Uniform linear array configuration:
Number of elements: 16
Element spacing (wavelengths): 1
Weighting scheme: binomial
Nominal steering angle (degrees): -15
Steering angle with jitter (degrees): -14.401
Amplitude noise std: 0.05
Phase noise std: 0.05

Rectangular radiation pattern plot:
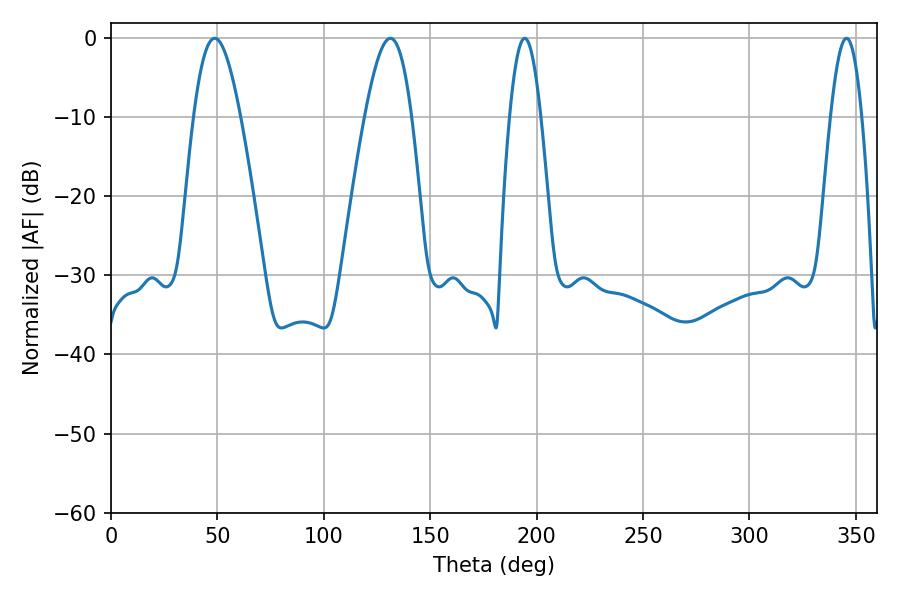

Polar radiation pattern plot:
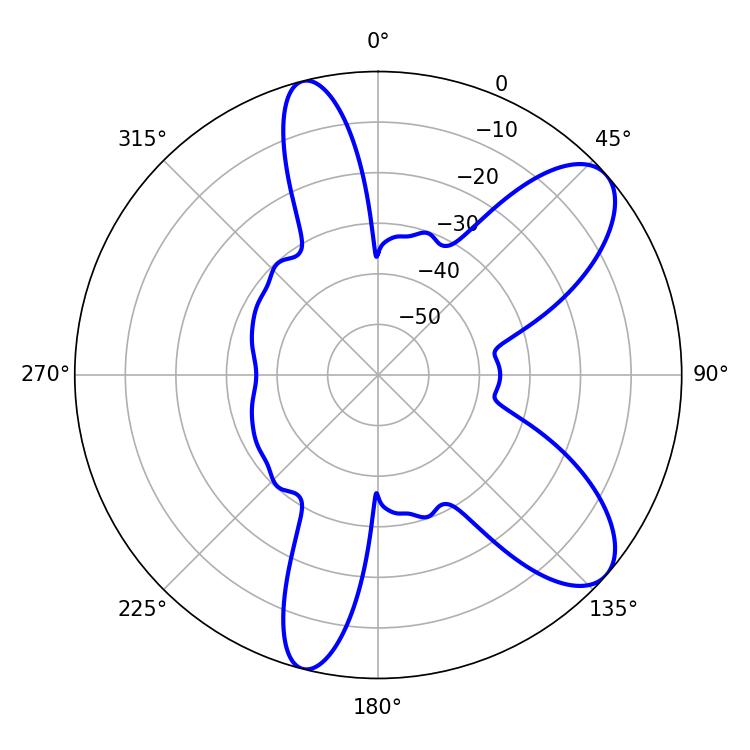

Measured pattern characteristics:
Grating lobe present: TRUE
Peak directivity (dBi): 8.781
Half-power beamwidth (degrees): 7.92
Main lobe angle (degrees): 194.4